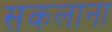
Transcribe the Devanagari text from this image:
सकलाना